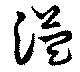
溢